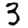
Digit: 3